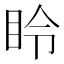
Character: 𪾧